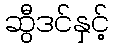
ဆွီဒင်နှင့်